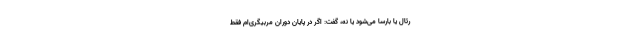
رئال یا بارسا می‌شود یا نه، گفت: اگر در پایان دوران مربیگری‌ام فقط